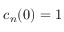
c _ { n } ( 0 ) = 1